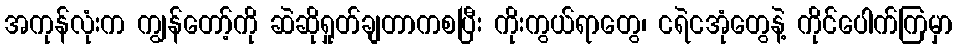
အကုန်လုံးက ကျွန်တော့်ကို ဆဲဆိုရှုတ်ချတာကစပြီး ကိုးကွယ်ရာတွေ၊ ငရဲငအုံတွေနဲ့ ကိုင်ပေါက်ကြမှာ